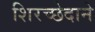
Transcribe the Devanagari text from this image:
शिरच्छेदाने